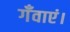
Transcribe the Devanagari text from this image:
गँवाएं।